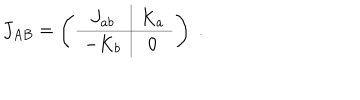
LaTeX: J _ { A B } = \left( \begin{array} { c | c } { { J _ { a b } } } & { { K _ { a } } } \\ \hline { { - K _ { b } } } & { { 0 } } \\ \end{array} \right) \; .